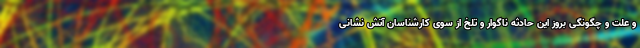
و علت و چگونگی بروز این حادثه ناگوار و تلخ از سوی کارشناسان آتش نشانی